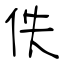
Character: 佚